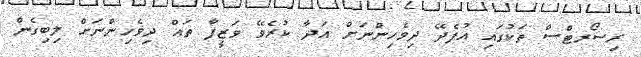
ރިސޯރޓްސް ތަކުގައި އުފެދޭ ދިވެހިންނަށް އަދާ ކުރެވޭ ވަޒީފާ ތައް ދިވެހިންނަށް ލިބިގެން